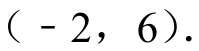
\(( - 2, 6)\)